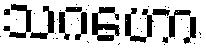
သဂဟော